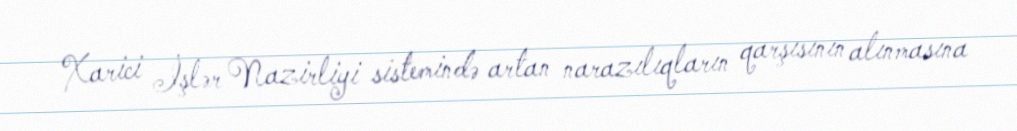
Xarici İşlər Nazirliyi sistemində artan narazılıqların qarşısının alınmasına